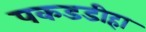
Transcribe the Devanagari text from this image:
पकडडीहा